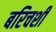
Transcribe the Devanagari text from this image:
बरिचशी